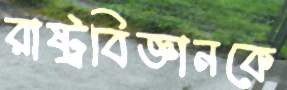
রাষ্ট্রবিজ্ঞানকে